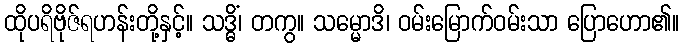
ထိုပရိဗိုဇ်ရဟန်းတို့နှင့်။ သဒ္ဓိံ၊ တကွ။ သမ္မောဒိ၊ ဝမ်းမြောက်ဝမ်းသာ ပြောဟော၏။